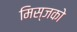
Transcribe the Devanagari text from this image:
मिस्जको